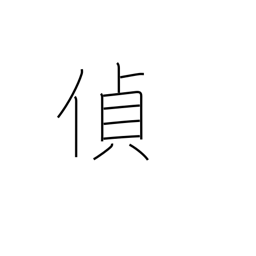
Meaning: spy